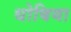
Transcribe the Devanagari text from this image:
धोबिया